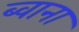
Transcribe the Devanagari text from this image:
ब्वाना